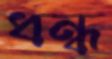
ধন্ধ